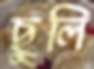
ছুলি